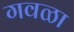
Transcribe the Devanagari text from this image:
गवळा